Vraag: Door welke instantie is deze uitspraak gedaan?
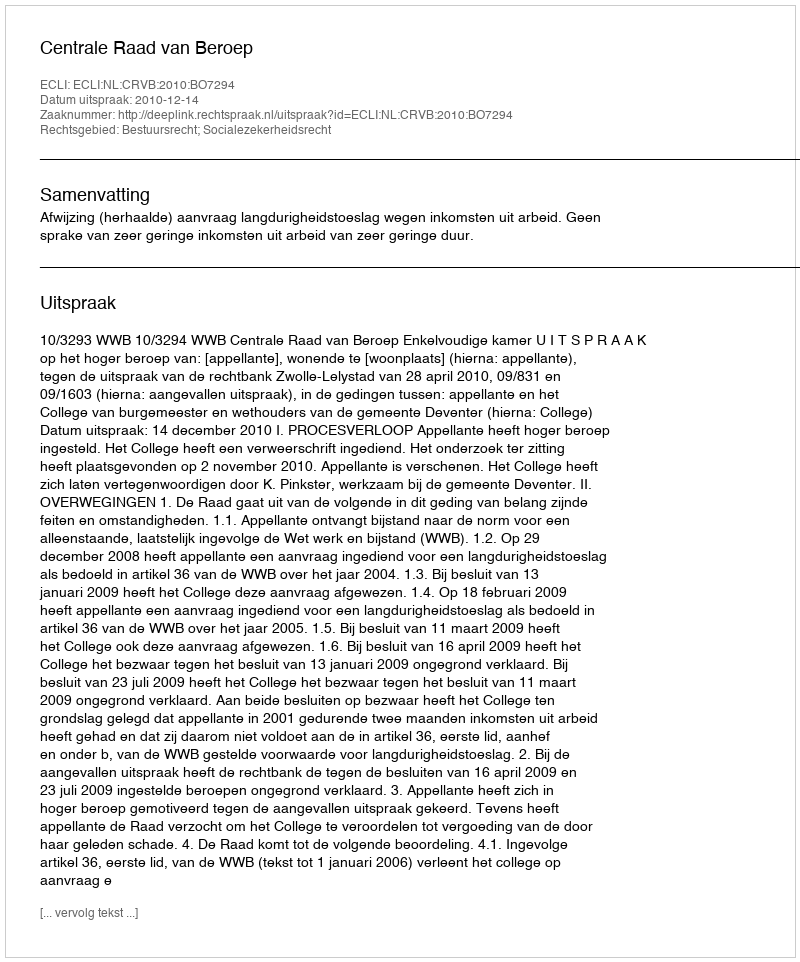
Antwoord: Centrale Raad van Beroep